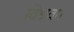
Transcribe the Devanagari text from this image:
विश्रवा।